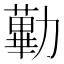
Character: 𠢽